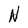
Character: N